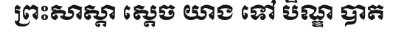
ព្រះសាស្តា ស្តេច យាង ទៅ បិណ្ឌ បាត